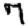
Digit: 7